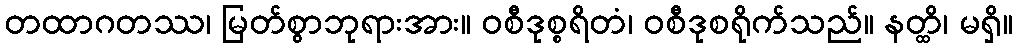
တထာဂတဿ၊ မြတ်စွာဘုရားအား။ ဝစီဒုစ္စရိတံ၊ ဝစီဒုစရိုက်သည်။ နတ္ထိ၊ မရှိ။